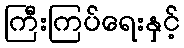
ကြီးကြပ်ရေးနှင့်